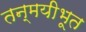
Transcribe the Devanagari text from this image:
तन्मयीभूत